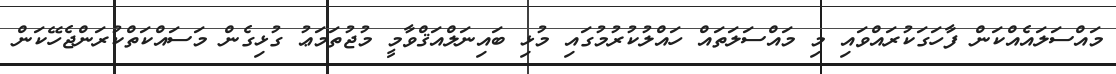
މައްސަލައެއްކަން ފާހަގަކުރައްވައި މި މައްސަލަތައް ހައްލުކުރުމުގައި މުޅި ބައިނަލްއަޤްވާމީ މުޖުތަމަޢު ގުޅިގެން މަސައްކަތްކުރަންޖެހޭކަން